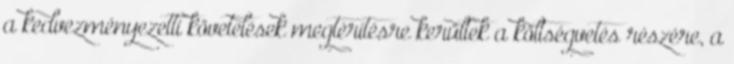
a kedvezményezetti követelések megtérítésre kerültek a költségvetés részére, a